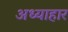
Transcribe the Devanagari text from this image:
अध्याहार